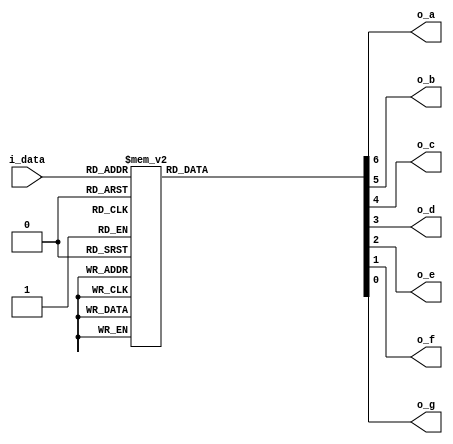
// Copyright (c) 2014 Takashi Toyoshima <toyoshim@gmail.com>.
// All rights reserved.  Use of this source code is governed by a BSD-style
// license that can be found in the LICENSE file.

module SevenSegmentLED(
    i_data,
    o_a,
    o_b,
    o_c,
    o_d,
    o_e,
    o_f,
    o_g);
  input [3:0] i_data;
  output      o_a;
  output      o_b;
  output      o_c;
  output      o_d;
  output      o_e;
  output      o_f;
  output      o_g;

  wire  [6:0] w_out;

  function [6:0] Decode;
    input [3:0] data;
    begin
      case (i_data)
        4'h0: Decode = 7'b0000001;
        4'h1: Decode = 7'b1001111;
        4'h2: Decode = 7'b0010010;
        4'h3: Decode = 7'b0000110;
        4'h4: Decode = 7'b1001100;
        4'h5: Decode = 7'b0100100;
        4'h6: Decode = 7'b0100000;
        4'h7: Decode = 7'b0001111;
        4'h8: Decode = 7'b0000000;
        4'h9: Decode = 7'b0000100;
        4'ha: Decode = 7'b0001000;
        4'hb: Decode = 7'b1100000;
        4'hc: Decode = 7'b0110001;
        4'hd: Decode = 7'b1000010;
        4'he: Decode = 7'b0110000;
        4'hf: Decode = 7'b0111000;
      endcase
    end
  endfunction  // Decode

  assign      w_out = Decode(i_data);
  assign      o_a = w_out[6];
  assign      o_b = w_out[5];
  assign      o_c = w_out[4];
  assign      o_d = w_out[3];
  assign      o_e = w_out[2];
  assign      o_f = w_out[1];
  assign      o_g = w_out[0];

endmodule  // SevenSegmentLED